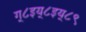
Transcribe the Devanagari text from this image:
ग्८इय्८इय्८९